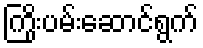
ကြိုးပမ်းဆောင်ရွက်